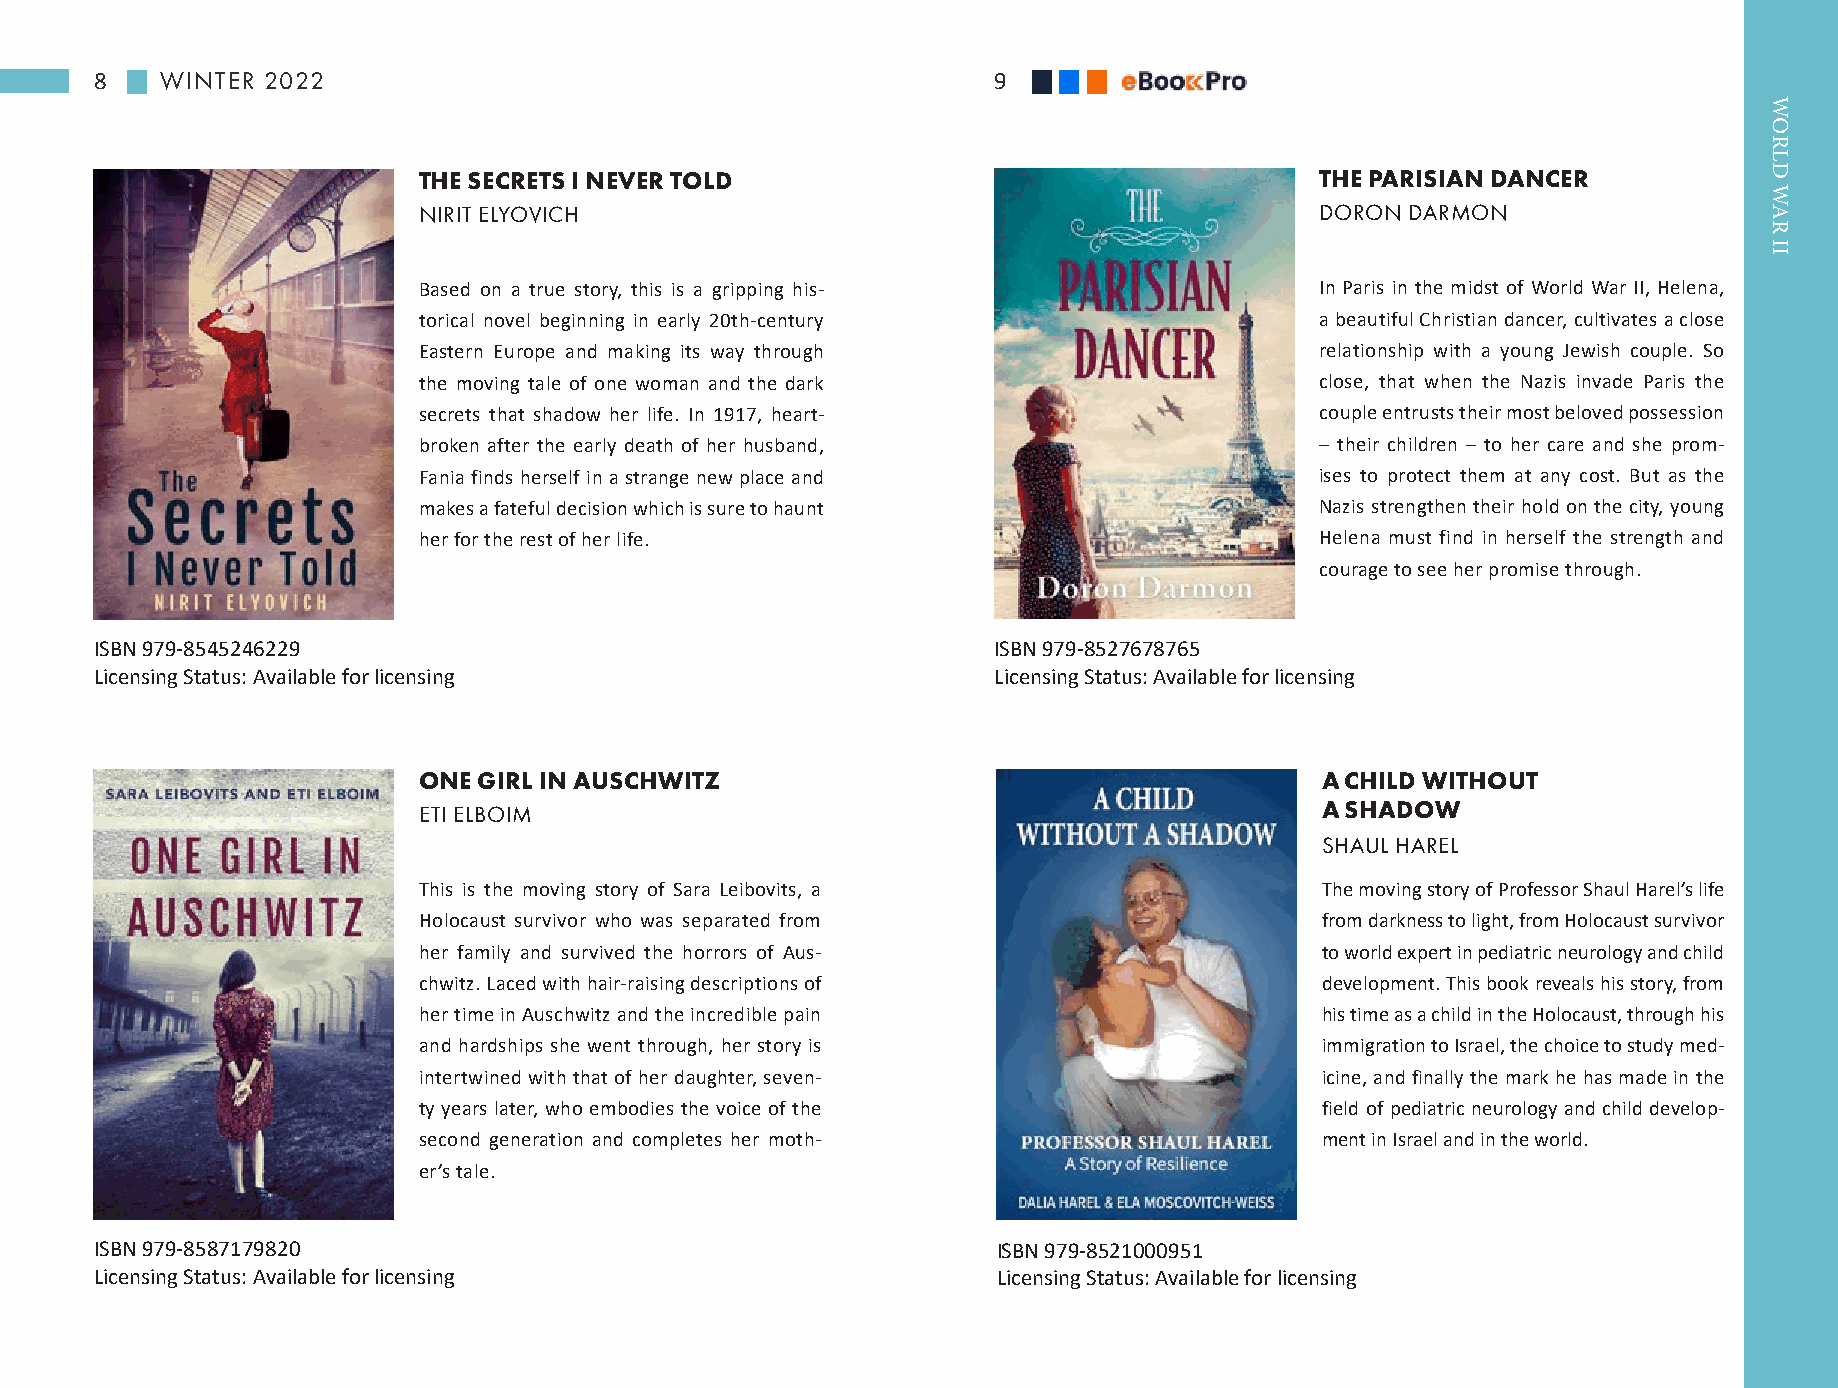
8    WINTER 2022                                            9
 THE SECRETS I NEVER TOLD                                   THE PARISIAN DANCER
 NIRIT ELYOVICH                                             DORON DARMON
 Based on a true story, this is a gripping his-             In Paris in the midst of World War II, Helena,
 torical novel beginning in early 20th-century              a beautiful Christian dancer, cultivates a close
 Eastern Europe and making its way through                  relationship with a young Jewish couple. So
 the moving tale of one woman and the dark                  close, that when the Nazis invade Paris the
 secrets that shadow her life. In 1917, heart-              couple entrusts their most beloved possession
 broken after the early death of her husband,               – their children – to her care and she prom-
 Fania finds herself in a strange new place and             ises to protect them at any cost. But as the
 makes a fateful decision which is sure to haunt            Nazis strengthen their hold on the city, young
 her for the rest of her life.                              Helena must find in herself the strength and
 courage to see her promise through.
 ISBN 979-8545246229                                         ISBN 979-8527678765
 Licensing Status: Available for licensing                   Licensing Status: Available for licensing
 ONE GIRL IN AUSCHWITZ                                      A CHILD WITHOUT
 ETI ELBOIM                                                 A SHADOW
 SHAUL HAREL
 This is the moving story of Sara Leibovits, a              The moving story of Professor Shaul Harel’s life
 Holocaust survivor who was separated from                  from darkness to light, from Holocaust survivor
 her family and survived the horrors of Aus-                to world expert in pediatric neurology and child
 chwitz. Laced with hair-raising descriptions of            development. This book reveals his story, from
 her time in Auschwitz and the incredible pain              his time as a child in the Holocaust, through his
 and hardships she went through, her story is               immigration to Israel, the choice to study med-
 intertwined with that of her daughter, seven-              icine, and finally the mark he has made in the
 ty years later, who embodies the voice of the              field of pediatric neurology and child develop-
 second generation and completes her moth-                  ment in Israel and in the world.
 er’s tale.
 ISBN 979-8587179820                                         ISBN 979-8521000951
 Licensing Status: Available for licensing                   Licensing Status: Available for licensing
 WORLD
 WAR
 II